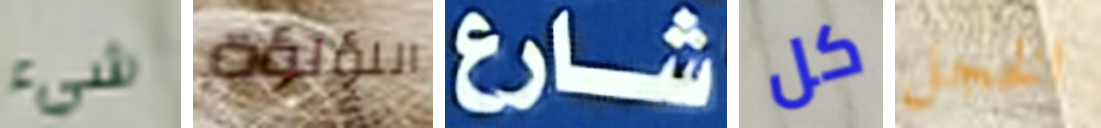
شيء اللؤلؤة شارع كل الخجل